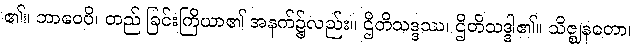
၏။ ဘာဝေပိ၊ တည် ခြင်းကြိယာ၏ အနက်၌လည်း။ ဌိတိသဒ္ဒဿ၊ ဌိတိသဒ္ဒါ၏။ သိဇ္ဈနတော၊